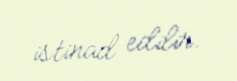
istinad edilir.